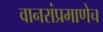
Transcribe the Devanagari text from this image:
वानरांप्रमाणेच